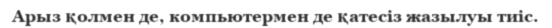
Арыз қолмен де, компьютермен де қатесіз жазылуы тиіс.